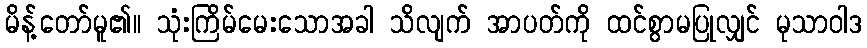
မိန့်တော်မူ၏။ သုံးကြိမ်မေးသောအခါ သိလျက် အာပတ်ကို ထင်စွာမပြုလျှင် မုသာဝါဒ